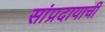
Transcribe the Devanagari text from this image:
सांप्रदायाची